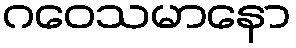
ဂဝေသမာနော